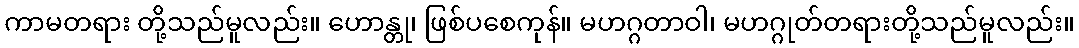
ကာမတရား တို့သည်မူလည်း။ ဟောန္တု၊ ဖြစ်ပစေကုန်။ မဟဂ္ဂတာဝါ၊ မဟဂ္ဂုတ်တရားတို့သည်မူလည်း။